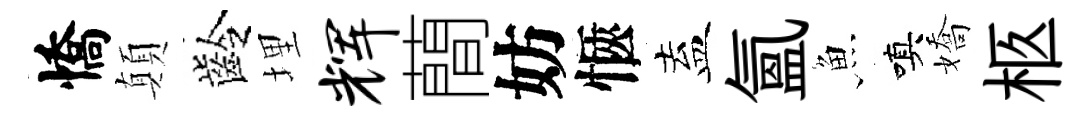
憍顛齡埋辉蕳妨愜盍氳魚嗔嬌柩